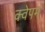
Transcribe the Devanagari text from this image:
क्वेपम